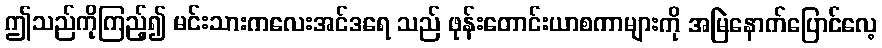
ဤသည်ကိုကြည့်၍ မင်းသားကလေးအင်ဒရေ သည် ဖုန်းတောင်းယာစကာများကို အမြဲနောက်ပြောင်လေ့